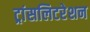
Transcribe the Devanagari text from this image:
ट्रांसलिटरेशन